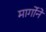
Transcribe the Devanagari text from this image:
मार्गोने